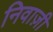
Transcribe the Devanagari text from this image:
निवाज़ी